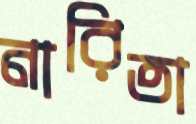
নারিতা